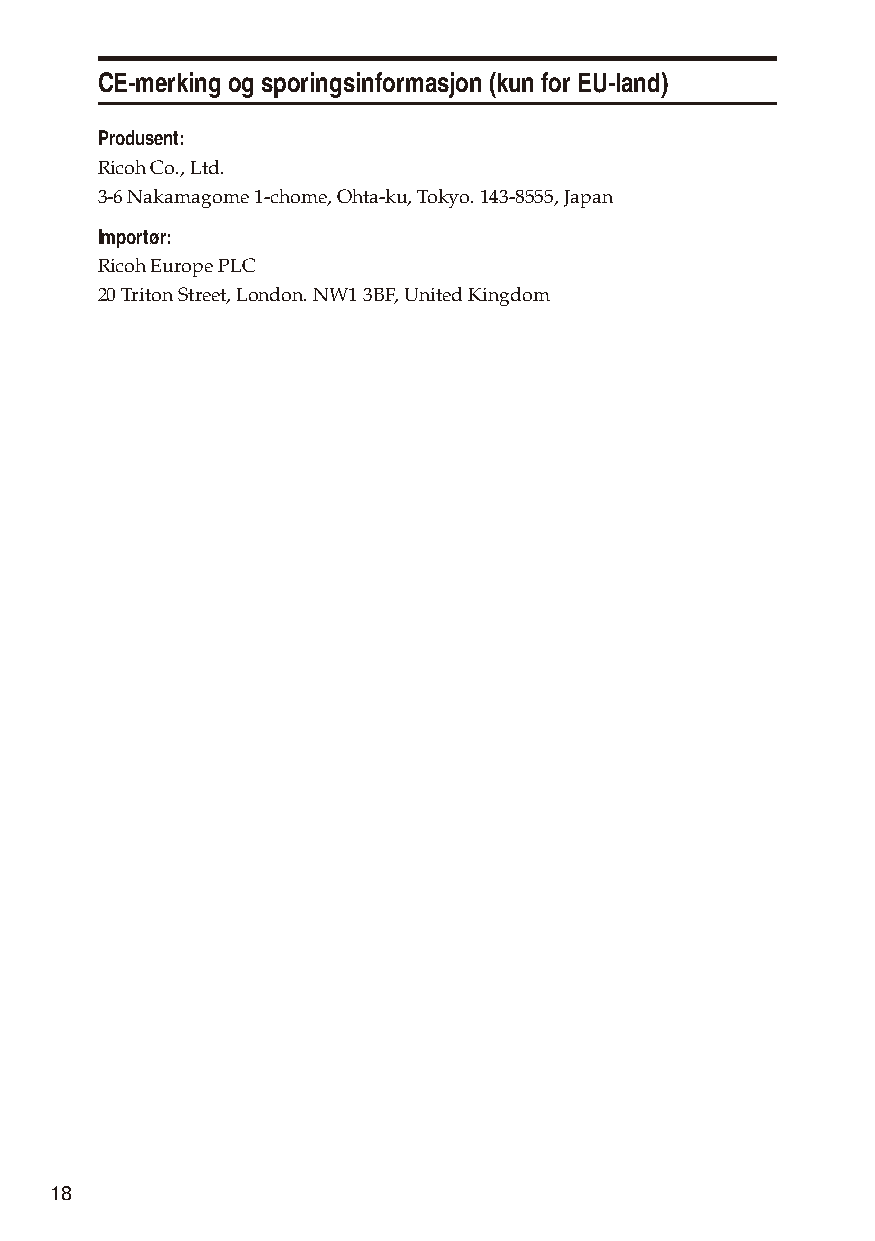
CE-merking og sporingsinformasjon (kun for EU-land)
 Produsent:
 Ricoh Co., Ltd.
 3-6 Nakamagome 1-chome, Ohta-ku, Tokyo. 143-8555, Japan
 Importør:
 Ricoh Europe PLC
 20 Triton Street, London. NW1 3BF, United Kingdom
 18